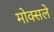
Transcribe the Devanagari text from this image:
मोक्सले